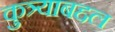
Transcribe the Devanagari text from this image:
कुत्र्याबद्दल